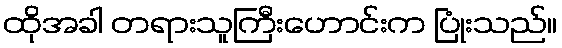
ထိုအခါ တရားသူကြီးဟောင်းက ပြုံးသည်။